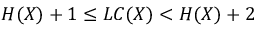
H ( X ) + 1 \leq L C ( X ) < H ( X ) + 2